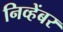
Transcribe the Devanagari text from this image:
निव्हेंबर